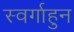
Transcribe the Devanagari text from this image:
स्वर्गाहुन